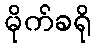
မိုက်ခရို